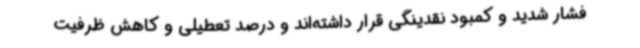
فشار شدید و کمبود نقدینگی قرار داشته‌اند و درصد تعطیلی و کاهش ظرفیت